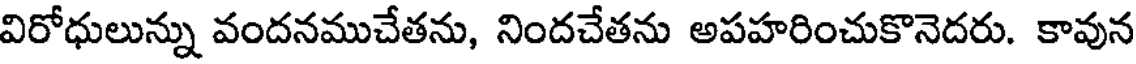
విరోధులున్ను వందనముచేతను, నిందచేతను అపహరించుకొనెదరు. కావున